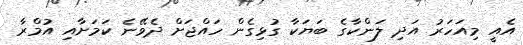
އެއީ މިއަހަރު އަދި ލަންކާގެ ބަޔަކާ ގުޅިގެން ހައްޖަށް ދެވޭނެ ކަމަށާއި އުމްރާ